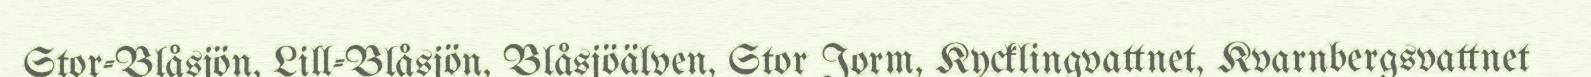
Stor-Blåsjön, Lill-Blåsjön, Blåsjöälven, Stor Jorm, Kycklingvattnet, Kvarnbergsvattnet